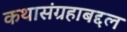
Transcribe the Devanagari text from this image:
कथासंग्रहाबद्दल